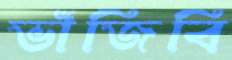
ভাঁজিবি